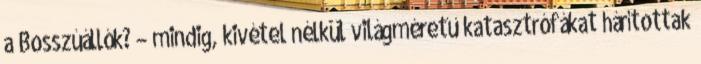
a Bosszúállók? – mindig, kivétel nélkül világméretű katasztrófákat hárítottak